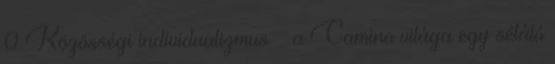
0 Közösségi individualizmus – a Camino világa egy sétáló